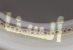
ألسنا